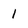
Character: 1